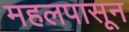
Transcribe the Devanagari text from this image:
महलपासून